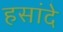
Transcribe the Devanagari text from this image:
हसांदे